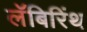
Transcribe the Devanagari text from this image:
लॅबिरिंथ